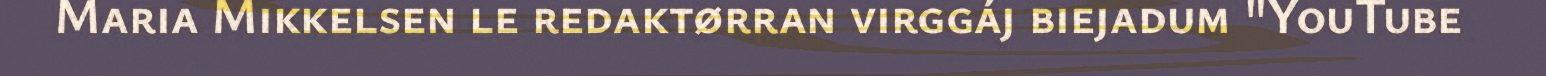
Maria Mikkelsen le redaktørran virggáj biejadum "YouTube